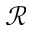
\mathcal { R }